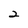
Character: 2